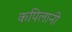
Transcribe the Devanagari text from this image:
कपिलानी